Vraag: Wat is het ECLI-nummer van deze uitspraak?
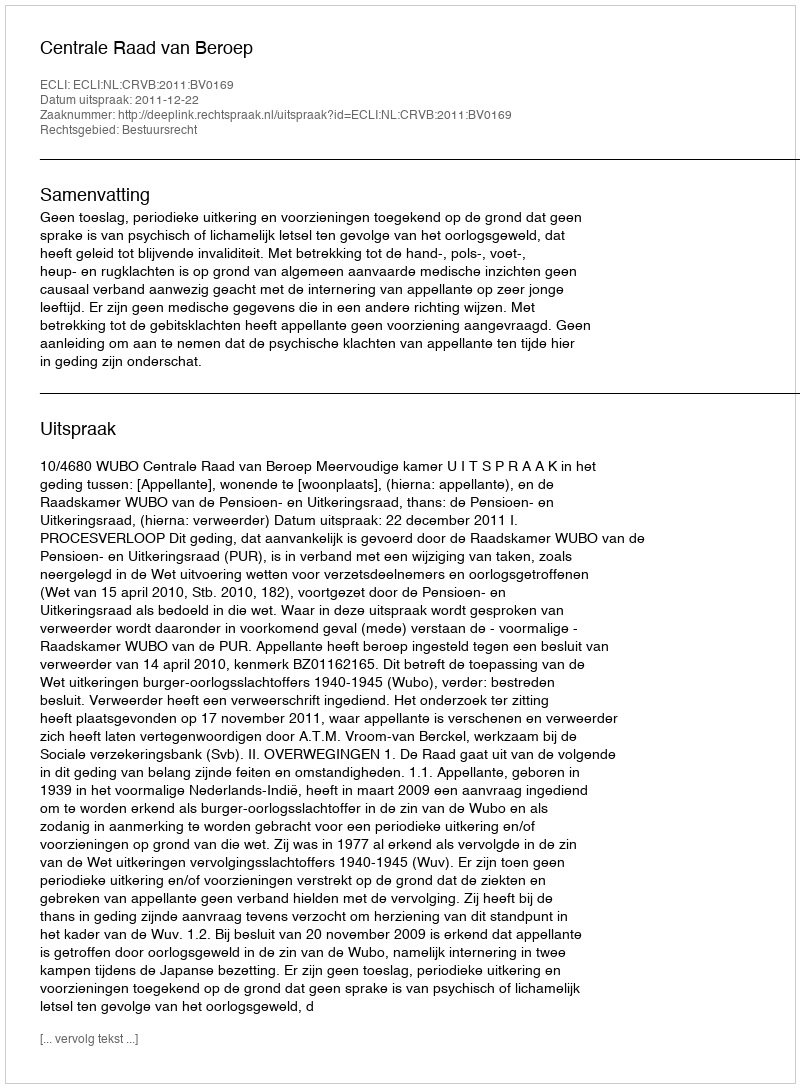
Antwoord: ECLI:NL:CRVB:2011:BV0169